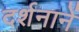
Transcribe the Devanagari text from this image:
दर्शनानें